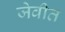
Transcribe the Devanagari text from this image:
जेवीत